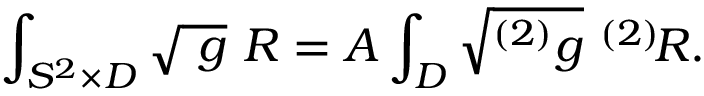
\int _ { S ^ { 2 } \times D } \sqrt { \ g } \ R = A \int _ { D } \sqrt { ^ { ( 2 ) } g } \ ^ { ( 2 ) } \! R .